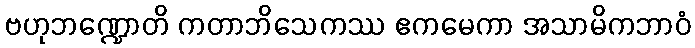
ဗဟုဘဏ္ဍောတိ ကတာဘိသေကဿ ဧကမေကာ အသာမိကဘာဝံ